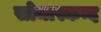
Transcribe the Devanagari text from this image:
सोमास्कन्द